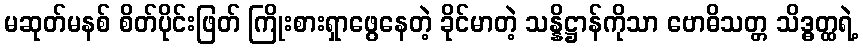
မဆုတ်မနစ် စိတ်ပိုင်းဖြတ် ကြိုးစားရှာဖွေနေတဲ့ ခိုင်မာတဲ့ သန္နိဋ္ဌာန်ကိုသာ ဗောဓိသတ္တ သိဒ္ဓတ္ထရဲ့